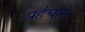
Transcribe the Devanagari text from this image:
पहँचाते